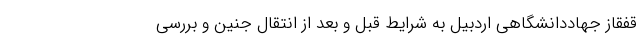
قفقاز جهاددانشگاهی اردبیل به شرایط قبل و بعد از انتقال جنین و بررسی